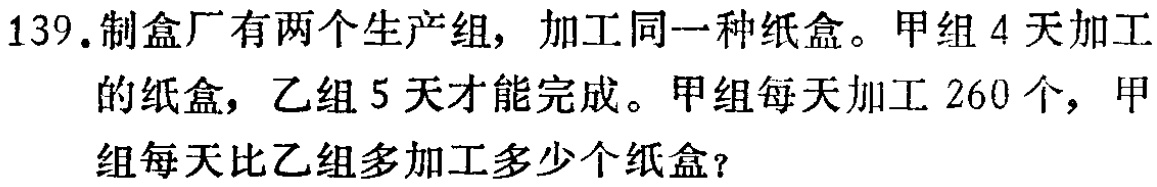
139.制盒厂有两个生产组，加工同一种纸盒。甲组4天加工的纸盒，乙组5天才能完成。甲组每天加工260个，甲组每天比乙组多加工多少个纸盒？